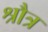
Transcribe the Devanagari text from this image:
श्रौत्र